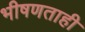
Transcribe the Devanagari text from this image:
भीषणताही